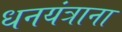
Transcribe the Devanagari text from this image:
धनयंत्राना